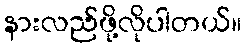
နားလည်ဖို့လိုပါတယ်။